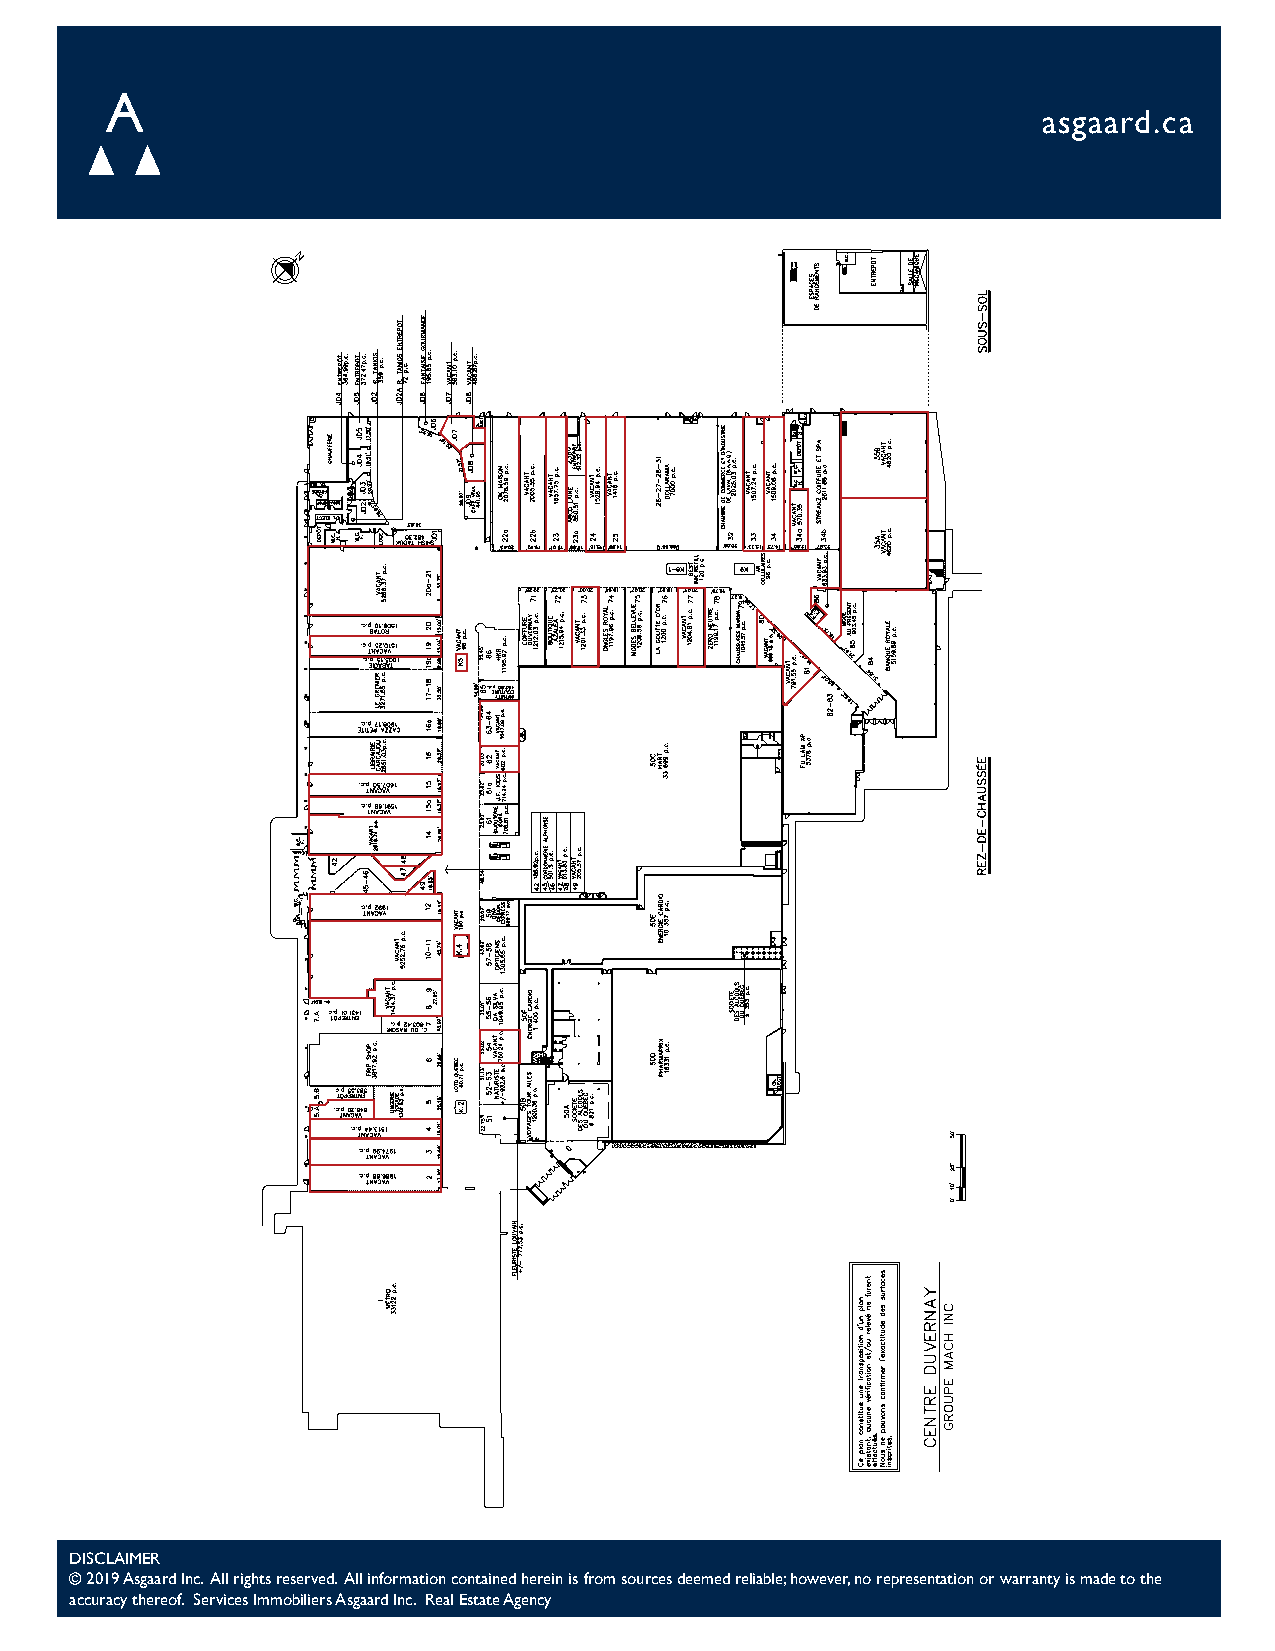
asgaard.ca
 DISCLAIMER
 © 2019 Asgaard Inc. All rights reserved. All information contained herein is from sources deemed reliable; however, no representation or warranty is made to the
 accuracy thereof. Services Immobiliers Asgaard Inc. Real Estate Agency